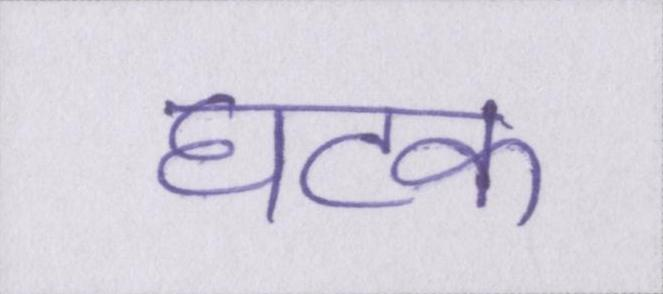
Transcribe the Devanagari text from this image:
घटक